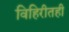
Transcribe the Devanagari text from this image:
विहिरीतही